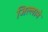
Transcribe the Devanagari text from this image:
जिल्लामे